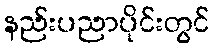
နည်းပညာပိုင်းတွင်